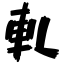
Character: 軋